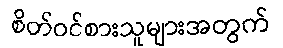
စိတ်ဝင်စားသူများအတွက်